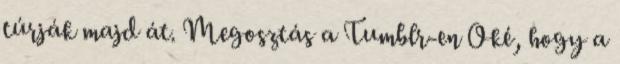
túrják majd át. Megosztás a Tumblr-en Oké, hogy a